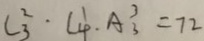
C _ { 3 } ^ { 2 } \cdot C _ { 4 } ^ { 1 } \cdot A _ { 3 } ^ { 3 } = 7 2